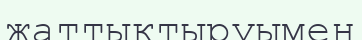
жаттықтыруымен